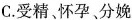
C.受精、怀孕、分娩